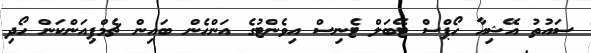
ސައުތު އޭޝިއާ ހޯޕްސް ޓޭބަލް ޓެނިސް އިވެންޓުގެ އަންހެން ބައިން ޗެމްޕިއަންކަން ހޯދި